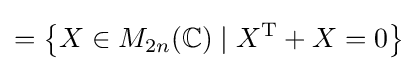
=\left\{X\in M_{2n}(\mathbb {C} )\mid X^{\mathrm {T} }+X=0\right\}